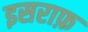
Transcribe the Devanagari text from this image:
इसराफ़